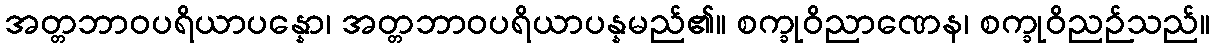
အတ္တဘာဝပရိယာပန္နော၊ အတ္တဘာဝပရိယာပန္နမည်၏။ စက္ခုဝိညာဏေန၊ စက္ခုဝိညဉ်သည်။